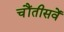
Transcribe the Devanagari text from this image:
चौंतीसवें